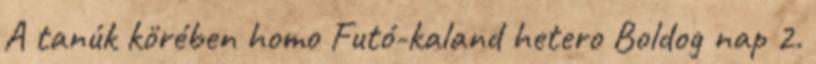
A tanúk körében homo Futó-kaland hetero Boldog nap 2.